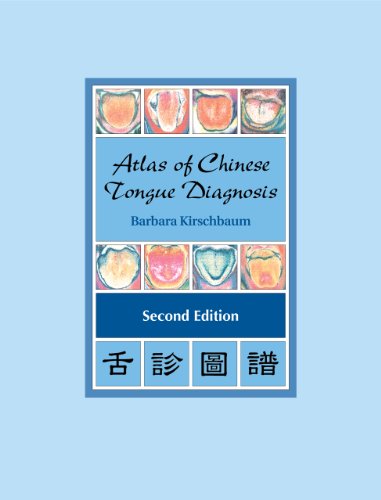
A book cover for Atlas of Chinese Tongue Diagnosis (2nd Edition); Barbara Kirschbaum; Health, Fitness & Dieting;